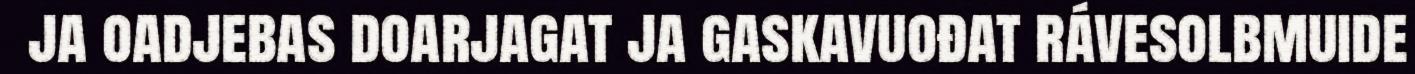
ja oadjebas doarjagat ja gaskavuođat rávesolbmuide